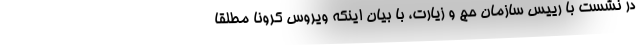
در نشست با رییس سازمان حج و زیارت، با بیان اینکه ویروس کرونا مطلقا